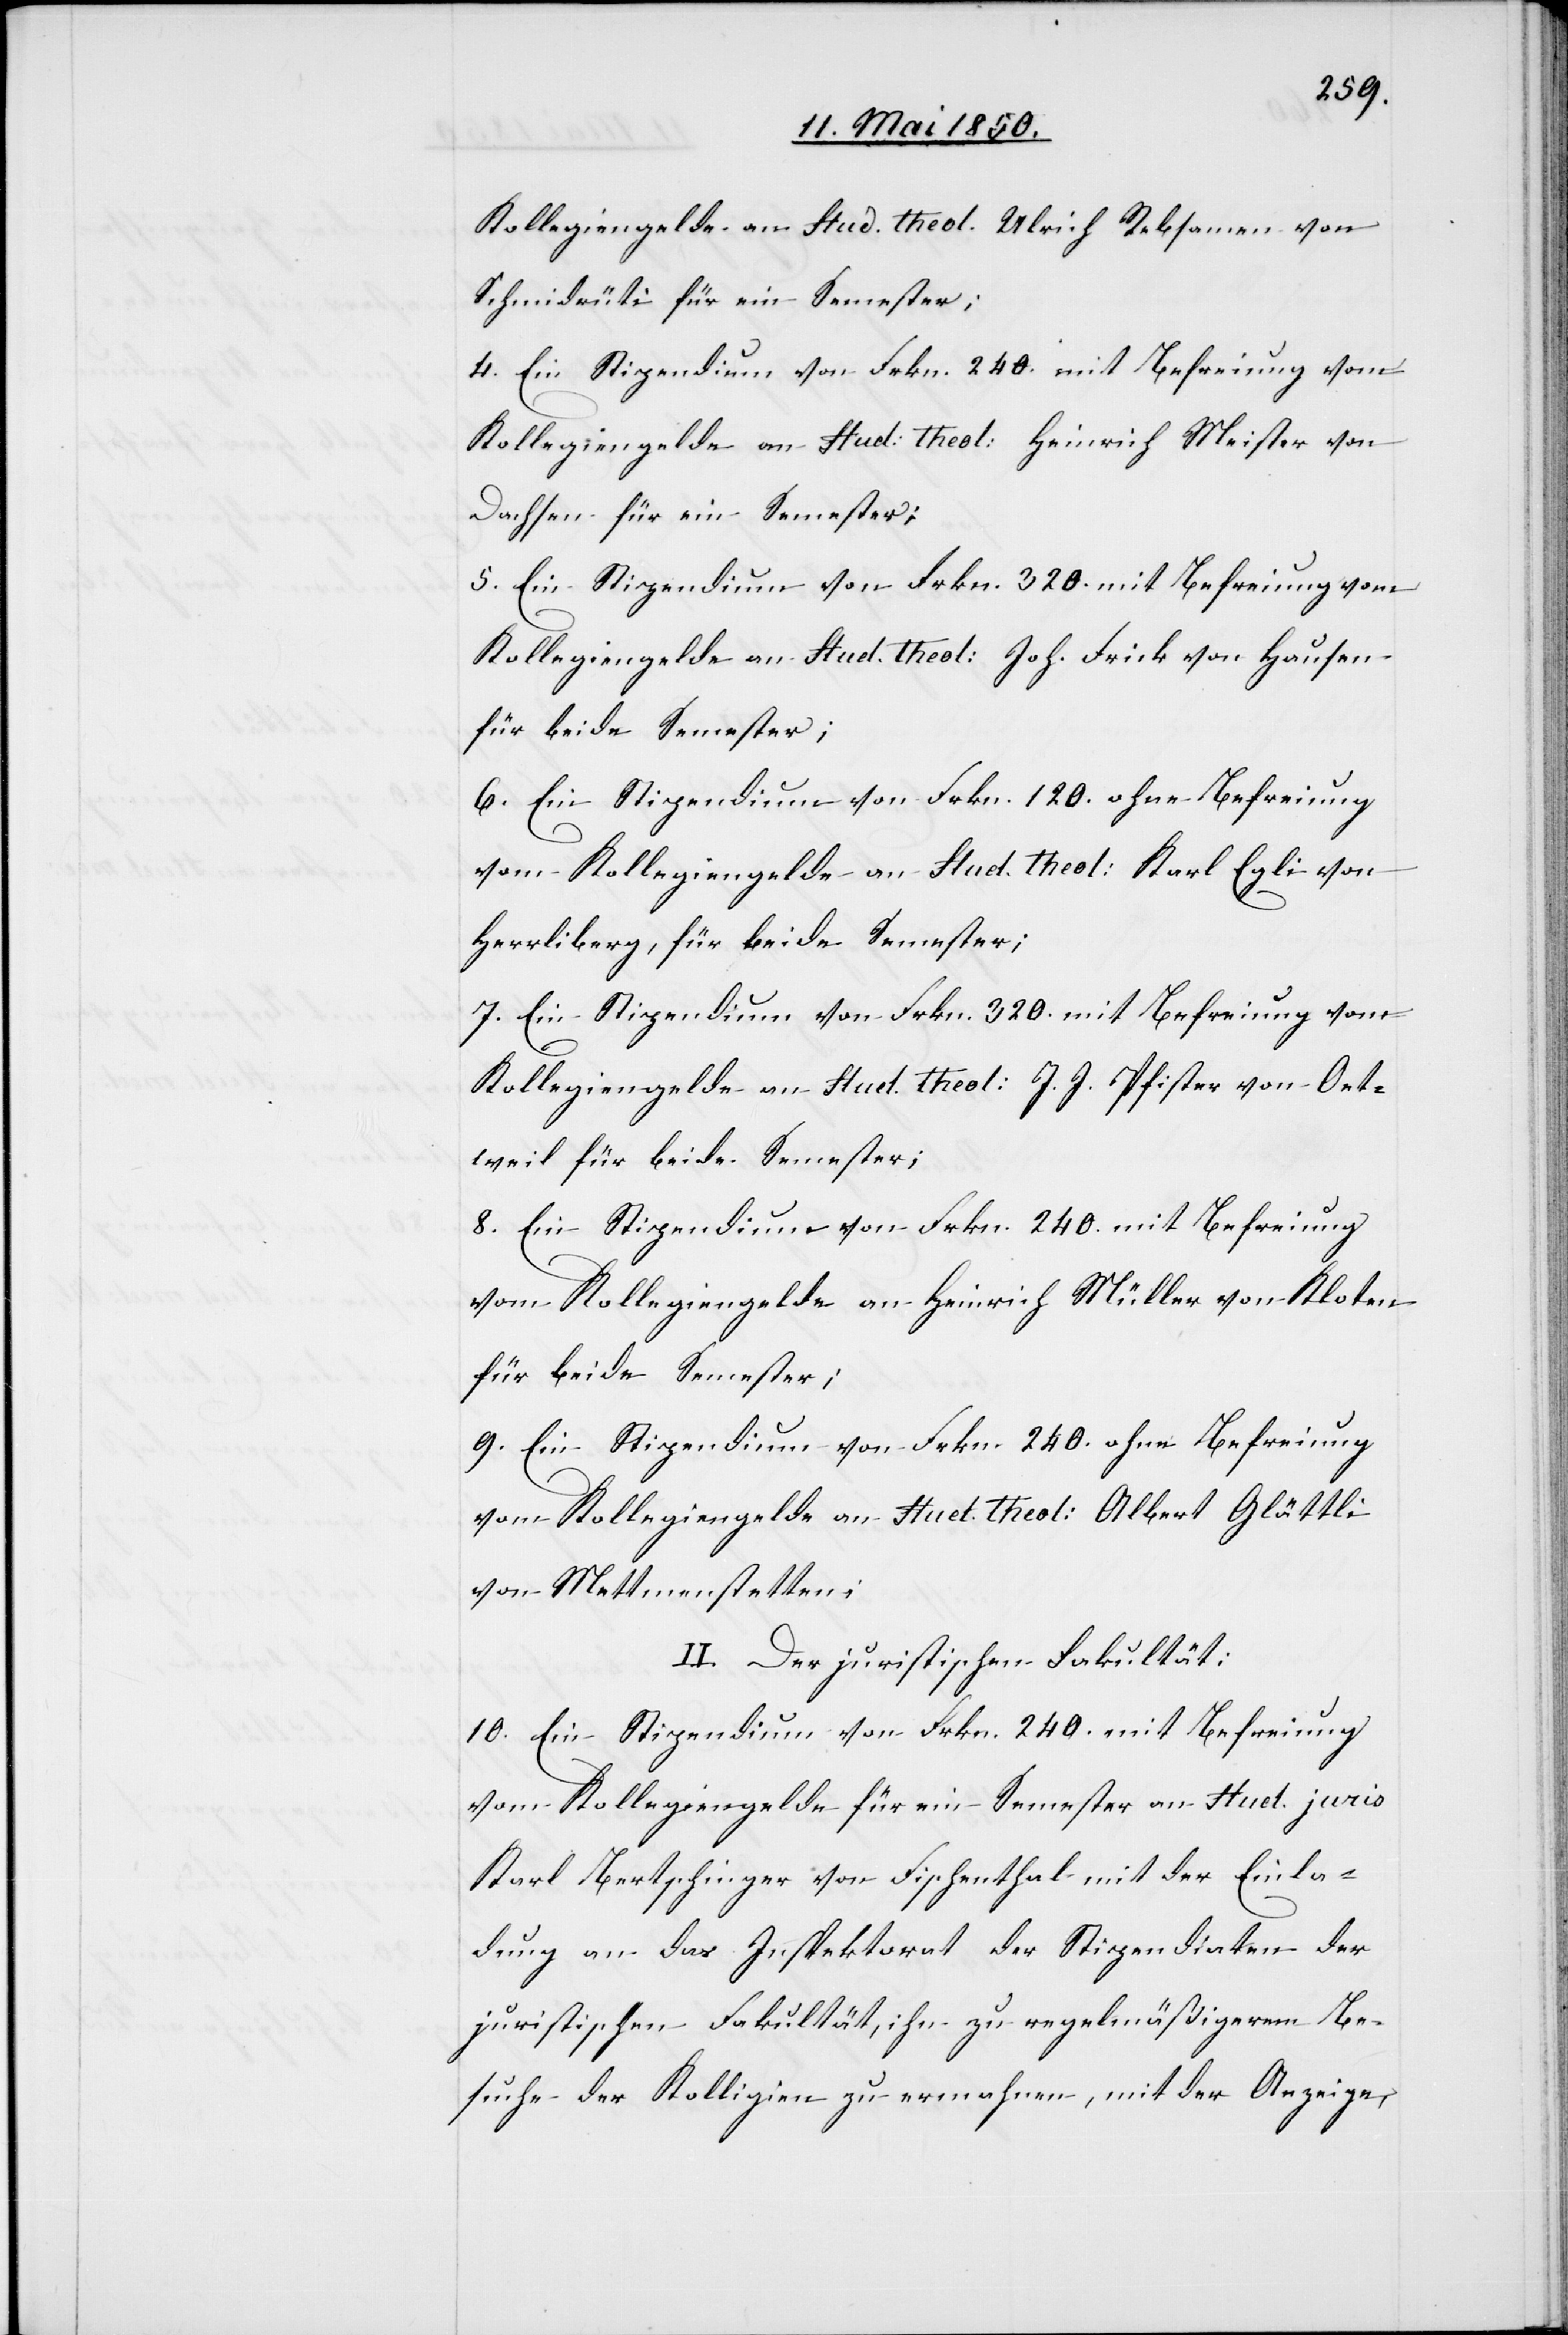
Kollegiengelde an Stud. Theol. Ulrich Rebsamen von
Schmidrüti für ein Semester;
4. Ein Stipendium von Frkn. 240. mit Befreiung vom
Kollegiengelde an Stud: Theol: Heinrich Meister von
Dachsen für ein Semester;
5. Ein Stipendium von Frkn. 320. mit Befreiung vom
Kollegiengelde an Stud. Theol: Joh. Frick von Hausen
für beide Semester;
6. Ein Stipendium von Frkn. 120. ohne Befreiung
vom Kollegiengelde an Stud. Theol: Karl Egli von
Herrliberg, für beide Semester;
7. Ein Stipendium von Frkn. 320. mit Befreiung vom
Kollegiengelde an Stud. Theol J. J. Pfister von Oet¬
weil für beide Semester;
8. Ein Stipendium von Frkn. 240. mit Befreiung
vom Kollegiengelde an Heinrich Müller von Kloten
für beide Semester;
9. Ein Stipendium von Frkn. 240. ohne Befreiung
vom Kollegiengelde an Stud. Theol: Albert Glättli
von Mettmenstetten;
II. Der juristischen Fakultät:
10. Ein Stipendium von Frkn. 240. mit Befreiung
vom Kollegiengelde für ein Semester an Stud. juris
Karl Bertschinger von Fischenthal mit der Einla¬
dung an das Inspektorat der Stipendiaten der
juristischen Fakultät, ihn zu regelmäßigerem Be¬
suche der Kolligien zu ermahnen, mit der Anzeige,